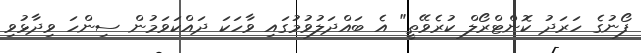
ފޯނުގެ ހަރަދު ކޮންޓްރޯލް ކުރެވޭތީ" އެ ބައްދަލުވުމުގައި ވާހަކަ ދައްކަވަމުން ސިންހަ ވިދާޅުވި